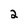
Character: 2